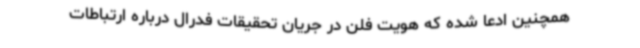
همچنین ادعا شده که هویت فلن در جریان تحقیقات فدرال درباره ارتباطات